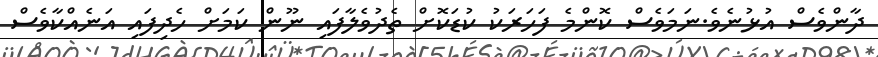
ދާންވެސް އުޅުނެވެ.ނަމަވެސް ކޮންމެ ފަހަރަކު ކުޑަކޮށް ތެދުވެލާފައި ނޫން ކަމަށް ހެދިފައި އަނެއްކާވެސް